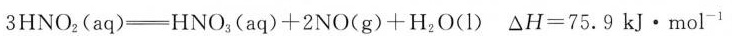
3HNO_{2}(aq) \xlongequal[]{} HNO_{3}(aq)+2NO(g)+H_{2}O(l) △H=75.9 kJ·mol^{-1}